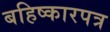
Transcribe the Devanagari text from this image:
बहिष्कारपत्र